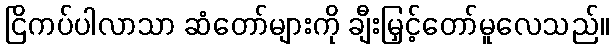
ငြိကပ်ပါလာသာ ဆံတော်များကို ချီးမြှင့်တော်မူလေသည်။